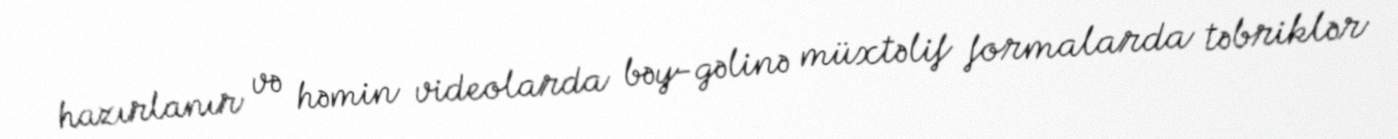
hazırlanır və həmin videolarda bəy-gəlinə müxtəlif formalarda təbriklər